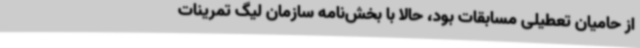
از حامیان تعطیلی مسابقات بود، حالا با بخش‌نامه سازمان لیگ تمرینات